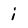
Character: i